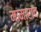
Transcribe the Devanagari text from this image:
मामाराव